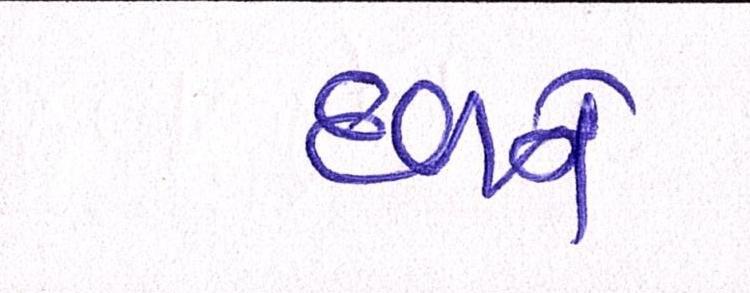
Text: દળને